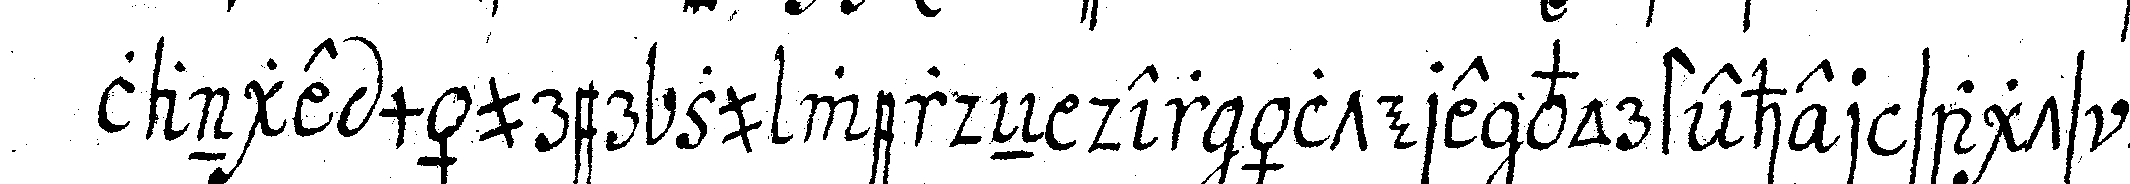
lange mäurer zu werdeN der ältere vorsteher sagts dem